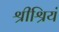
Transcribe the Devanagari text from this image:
श्रीश्रियं